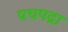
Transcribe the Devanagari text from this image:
पचपद्रा